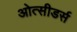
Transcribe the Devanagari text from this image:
ओत्सीडर्स